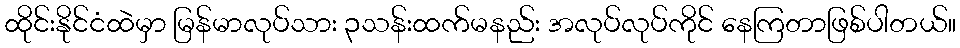
ထိုင်းနိုင်ငံထဲမှာ မြန်မာလုပ်သား ၃သန်းထက်မနည်း အလုပ်လုပ်ကိုင် နေကြတာဖြစ်ပါတယ်။